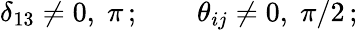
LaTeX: \delta_{13}\neq 0,\; \pi\, ;\qquad\theta_{ij}\neq 0,\; \pi/2\, ;